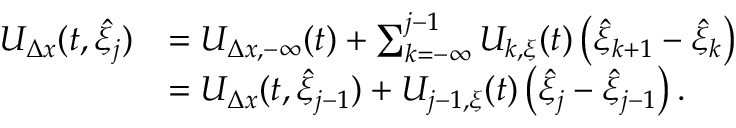
\begin{array} { r l } { U _ { \Delta x } ( t , \hat { \xi } _ { j } ) } & { = U _ { \Delta x , - \infty } ( t ) + \sum _ { k = - \infty } ^ { j - 1 } U _ { k , \xi } ( t ) \left( \hat { \xi } _ { k + 1 } - \hat { \xi } _ { k } \right) } \\ & { = U _ { \Delta x } ( t , \hat { \xi } _ { j - 1 } ) + U _ { j - 1 , \xi } ( t ) \left( \hat { \xi } _ { j } - \hat { \xi } _ { j - 1 } \right) . } \end{array}